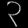
Digit: ၃